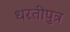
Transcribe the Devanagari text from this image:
धरतीपुत्र